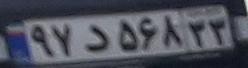
۹۷د۵۶۸۳۳